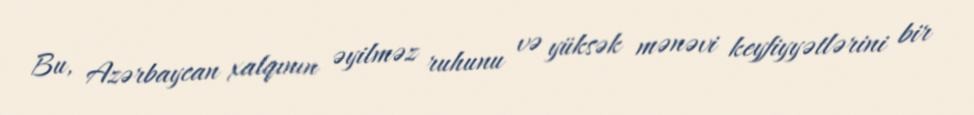
Bu, Azərbaycan xalqının əyilməz ruhunu və yüksək mənəvi keyfiyyətlərini bir